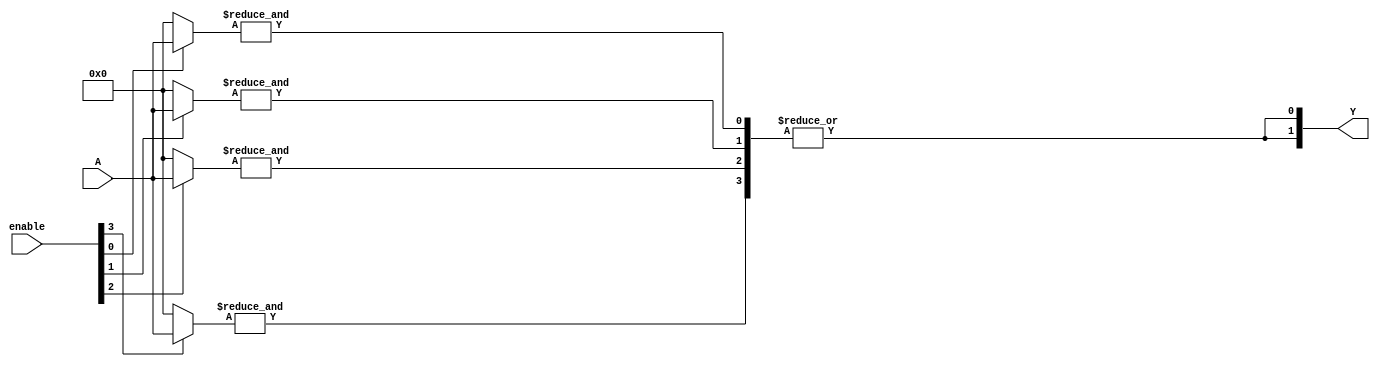
module SPAL #(parameter N = 4,    // Number of inputs
               parameter M = 4,    // Number of product terms
               parameter P = 2)    // Number of outputs
(
    input  [N-1:0] A,            // Input signals A1, A2, ..., An
    input  [M-1:0] enable,       // Enable signals for each AND gate
    output [P-1:0] Y             // Output signals Y1, Y2, ..., Yp
);

// Programmable AND array
wire [M-1:0] and_out;            // Outputs of the AND gates

// Generate M AND gates
genvar i, j;
generate
    for (i = 0; i < M; i = i + 1) begin : and_array
        wire [N-1:0] and_inputs;
        
        // Connect inputs to AND gates based on programmable connections
        // Let's assume for simplicity that each AND gate can take all N inputs
        // Here, you can modify the connection logic based on your programming
        assign and_inputs = (enable[i]) ? A : 0;  // Simplified connection example
        
        // AND operation (assuming all inputs are taken for demonstration)
        assign and_out[i] = &and_inputs; // AND all inputs for the i-th product term
    end
endgenerate

// Fixed OR array
generate
    for (j = 0; j < P; j = j + 1) begin : or_array
        // Example OR logic that combines product terms
        // Each OR gate can take all M product terms
        assign Y[j] = |and_out; // Output is the OR of all AND outputs
        // You can modify this logic to combine different product terms
    end
endgenerate

endmodule